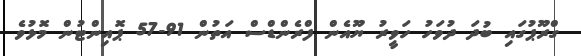
ގްރޫޕުގައި ބުދަ ދުވަހު ހަވީރު ޔޫއެން ފްރެންޑްސް އަތުން 91-57 ޕޮއިންޓުން މޮޅުވެ